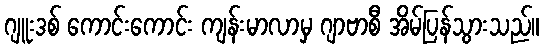
ဂျူးဒစ် ကောင်းကောင်း ကျန်းမာလာမှ ဂျာဗာစီ အိမ်ပြန်သွားသည်။